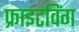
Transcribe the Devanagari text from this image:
फ्राइटविंग